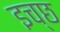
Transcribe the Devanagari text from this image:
इच्छ